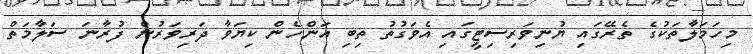
މިހަމަލާތަކުގެ ތެރޭގައި ޔުނިވަރިސިޓީގައި އެވަގުތު ތިބި އަންހެން ކިޔަވާ ދަރިވަރުން ފުރާނަ ސަލާމަތް